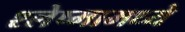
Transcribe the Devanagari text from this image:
श्लेष्मामध्ये